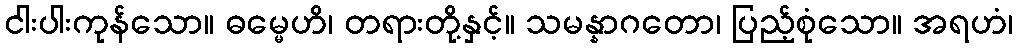
ငါးပါးကုန်သော။ ဓမ္မေဟိ၊ တရားတို့နှင့်။ သမန္နာဂတော၊ ပြည့်စုံသော။ အရဟံ၊